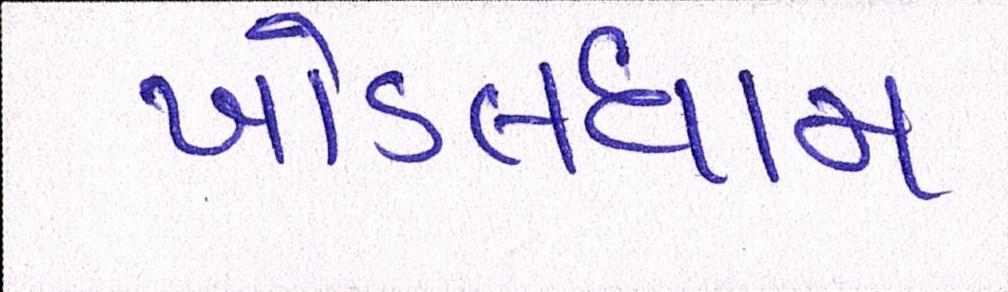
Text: ખોડલધામ